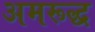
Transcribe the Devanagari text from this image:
अमरूद्ध